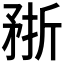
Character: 𥍭